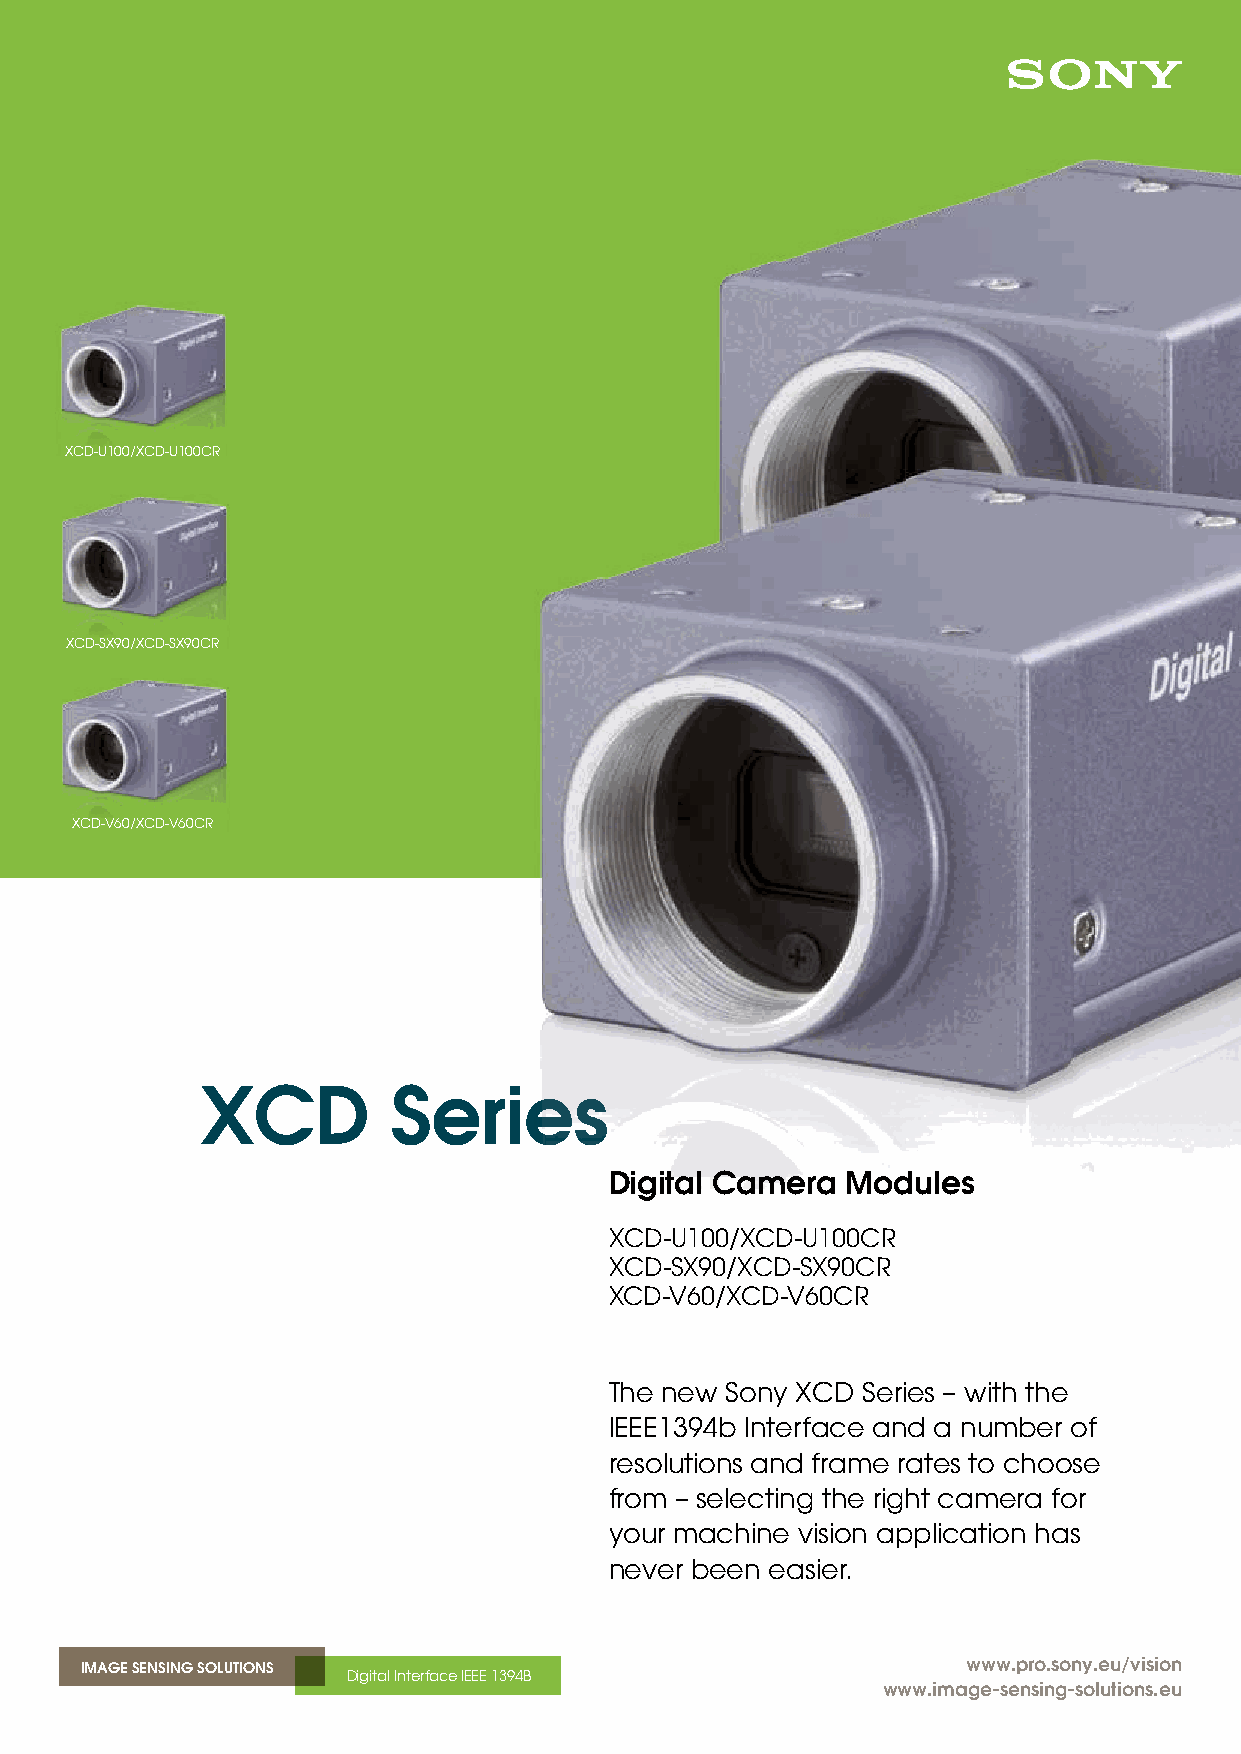
XCD-U100/XCD-U100CR
 XCD-SX90/XCD-SX90CR
 XCD-V60/XCD-V60CR
 XCD          Series
 Digital Camera  Modules
 XCD-U100/XCD-U100CR
 XCD-SX90/XCD-SX90CR
 XCD-V60/XCD-V60CR
 The new Sony XCD Series – with the
 IEEE1394b Interface and a number of
 resolutions and frame rates to choose
 from – selecting the right camera for
 your machine vision application has
 never been easier.
 IMAGE SENSING SOLUTIONS                                    www.pro.sony.eu/vision
 Digital Interface IEEE 1394B
 www.image-sensing-solutions.eu